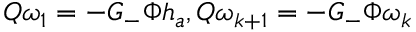
Q \omega _ { 1 } = - G _ { - } \Phi h _ { a } , Q \omega _ { k + 1 } = - G _ { - } \Phi \omega _ { k }